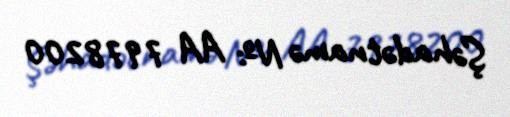
Şəhadətnamə №: AA 7978200